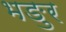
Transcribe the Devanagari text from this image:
भङुर